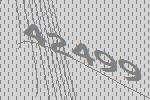
42499